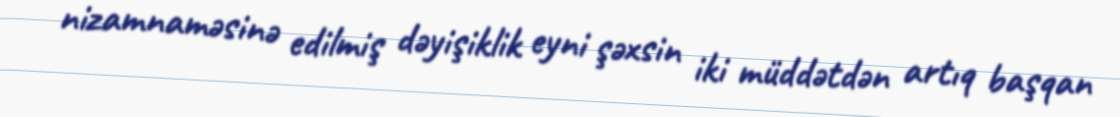
nizamnaməsinə edilmiş dəyişiklik eyni şəxsin iki müddətdən artıq başqan